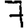
Digit: 7